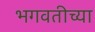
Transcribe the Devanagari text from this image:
भगवतीच्या